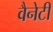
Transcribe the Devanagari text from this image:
वैनेटी